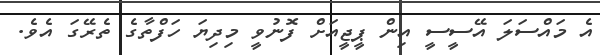
އެ މައްސަލަ އޭސީސީ އިން ޕީޖީއަށް ފޮނުވީ މިދިޔަ ހަފްތާގެ ތެރޭގަ އެވެ.